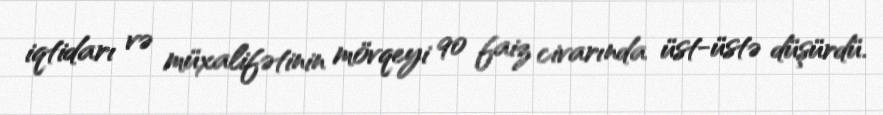
iqtidarı və müxalifətinin mövqeyi 90 faiz civarında üst-üstə düşürdü.